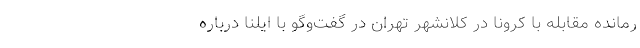
رمانده مقابله با کرونا در کلانشهر تهران در گفت‌وگو با ایلنا درباره